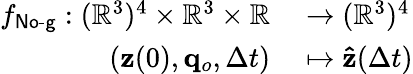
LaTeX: \begin{array}{rl}{f_{\textsf{No-g}}:(\mathbb R^{3})^{4}\times\mathbb{R}^{3}\times\mathbb R}&{{}\to(\mathbb R^{3})^{4}}\\ {(\mathbf{z}(0),\mathbf{q}_{o},\Delta t)}&{{}\mapsto\mathbf{\hat{z}}(\Delta t)}\end{array}